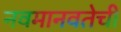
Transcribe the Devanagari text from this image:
नवमानवतेची